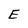
Character: E